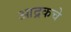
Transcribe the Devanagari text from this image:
आद्रकचे